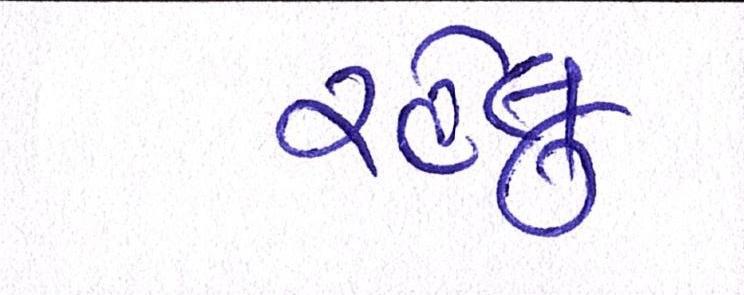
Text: રહેલુ